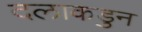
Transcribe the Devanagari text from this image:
दलाकडुन